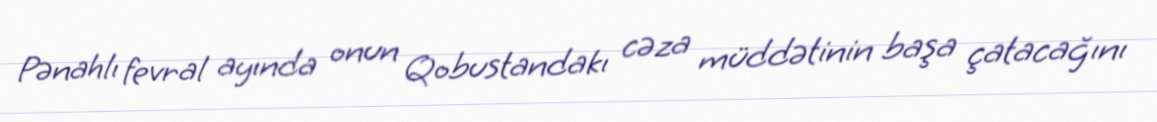
Pənahlı fevral ayında onun Qobustandakı cəza müddətinin başa çatacağını